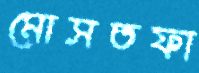
মোসতফা